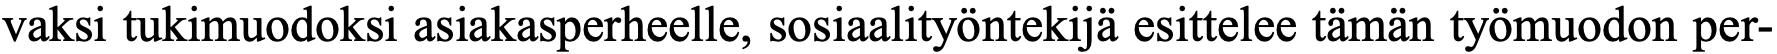
vaksi tukimuodoksi asiakasperheelle, sosiaalityöntekijä esittelee tämän työmuodon per-